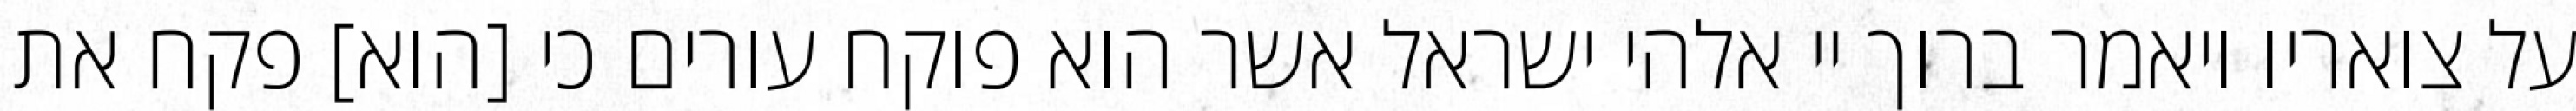
על צואריו ויאמר ברוך יי אלהי ישראל אשר הוא פוקח עורים כי [הוא] פקח את